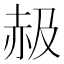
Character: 𧹜